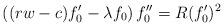
LaTeX: \begin{align*}\left((rw-c)f_0'-\lambda f_0\right)f_0''=R(f_0')^2\end{align*}